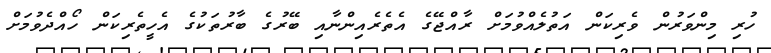
ހުރި މިންވަރުން ވެރިކަން އަތުލެއްވުމަށް ރާއްޖޭގެ އެތެރެއިންނާއި ބޭރުގެ ބާރުތަކުގެ އެހީތެރިކަން ހޯއްދެވުމަށް